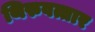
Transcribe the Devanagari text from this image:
थिरुवत्तार